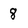
Character: 8